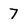
Character: 7